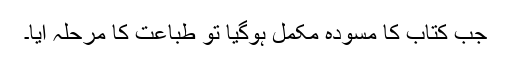
جب کتاب کا مسودہ مکمل ہوگیا تو طباعت کا مرحلہ آیا۔